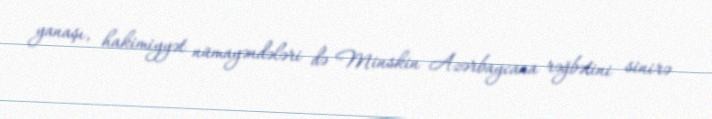
yanaşı, hakimiyyət nümayəndələri də Minskin Azərbaycana rəğbətini sinirə